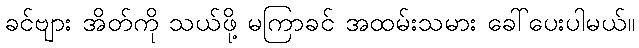
ခင်ဗျား အိတ်ကို သယ်ဖို့ မကြာခင် အထမ်းသမား ခေါ်ပေးပါမယ်။